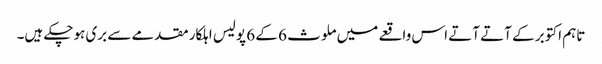
تاہم اکتوبر کے آتے آتے اس واقعے میں ملوث 6 کے 6 پولیس اہلکار مقدمے سے بری ہوچکے ہیں۔